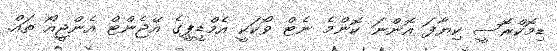
ޑިމޮކްރޮސީ ކިޔާފަ އޮންނަ ކޮންމެ ނެޓް ވޯކަކީ އެމްޑީޕީގެ އޭޖެންޓް އެންޖީއޯ ތައް.